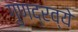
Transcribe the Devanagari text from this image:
गुणद्रव्ये